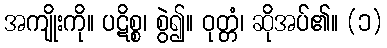
အကျိုးကို။ ပဋိစ္စ၊ စွဲ၍။ ဝုတ္တံ၊ ဆိုအပ်၏။ (၁)